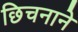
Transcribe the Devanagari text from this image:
छिचनाने